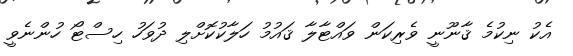
އެކު ނިކުމެ ޤާނޫނީ ވެރިކަން ވައްޓާލާ ޤައުމު ހަލާކުކޮށްލި ދުވަހު ހިސްޓޯ ހުންނެވީ